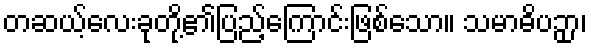
တဆယ့်လေးခုတို့၏ပြည့်ကြောင်းဖြစ်သော။ သမာဓိပဉှာ၊